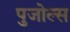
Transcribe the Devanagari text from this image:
पुजोल्स